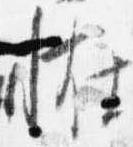
恠